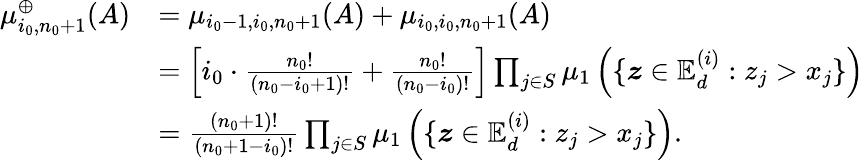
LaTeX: \begin{array}{rl}{\mu_{i_{0},n_{0}+1}^{\oplus}(A)}&{=\mu_{i_{0}-1,i_{0},n_{0}+1}(A)+\mu_{i_{0},i_{0},n_{0}+1}(A)}\\ &{=\left[i_{0}\cdot\frac{n_{0}!}{(n_{0}-i_{0}+1)!}+\frac{n_{0}!}{(n_{0}-i_{0})!}\right]\prod_{j\in S}\mu_{1}\left(\{ \boldsymbol z\in\mathbb{E}_{d}^{(i)}:z_{j}>x_{j}\} \right)}\\ &{=\frac{(n_{0}+1)!}{(n_{0}+1-i_{0})!}\prod_{j\in S}\mu_{1}\left(\{ \boldsymbol z\in\mathbb{E}_{d}^{(i)}:z_{j}>x_{j}\} \right).}\end{array}